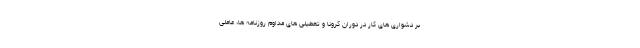
بر دشواری های کار در دوران کرونا و تعطیلی های مداوم روزنامه ها، عاملی